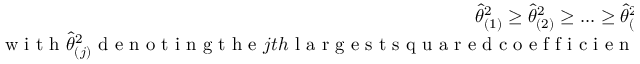
\begin{array} { r } { \widehat { \theta } _ { ( 1 ) } ^ { 2 } \geq \widehat { \theta } _ { ( 2 ) } ^ { 2 } \geq . . . \geq \widehat { \theta } _ { ( M ) } ^ { 2 } , } \\ { \mathrm { ~ w ~ i ~ t ~ h ~ } \widehat { \theta } _ { ( j ) } ^ { 2 } \mathrm { ~ d ~ e ~ n ~ o ~ t ~ i ~ n ~ g ~ t ~ h ~ e ~ } j t h \mathrm { ~ l ~ a ~ r ~ g ~ e ~ s ~ t ~ s ~ q ~ u ~ a ~ r ~ e ~ d ~ c ~ o ~ e ~ f ~ f ~ i ~ c ~ i ~ e ~ n ~ t ~ . ~ } } \end{array}